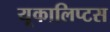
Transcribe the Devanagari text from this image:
यूकालिप्टस